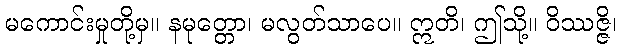
မကောင်းမှုတို့မှ။ နမုတ္တော၊ မလွတ်သာပေ။ ဣတိ၊ ဤသို့။ ဝိဿဇ္ဇိ၊